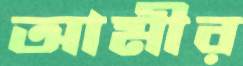
আমীর